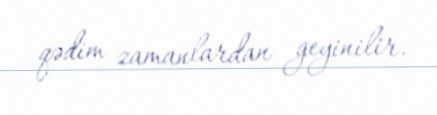
qədim zamanlardan geyinilir.